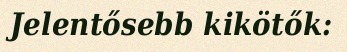
Jelentősebb kikötők: